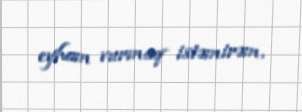
eyham vurmaq istəmirəm.